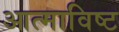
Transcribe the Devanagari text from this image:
आत्माविष्ट